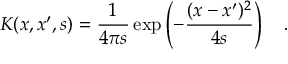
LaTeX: K ( x , x ^ { \prime } , s ) = { \frac { 1 } { 4 \pi s } } \exp \left( - { \frac { ( x - x ^ { \prime } ) ^ { 2 } } { 4 s } } \right) ~ ~ ~ .